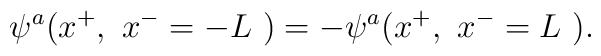
\psi^a ( x^+,~x^- =-L~)= -\psi^a ( x^+,~x^- =L~).